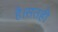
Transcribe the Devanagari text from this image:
है।सतही